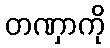
တဏှာကို